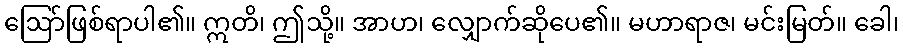
ဩော်ဖြစ်ရာပါ၏။ ဣတိ၊ ဤသို့။ အာဟ၊ လျှောက်ဆိုပေ၏။ မဟာရာဇ၊ မင်းမြတ်။ ခေါ၊